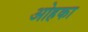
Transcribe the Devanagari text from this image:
ओहका